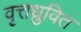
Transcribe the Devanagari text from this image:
वृत्तध्रुवित